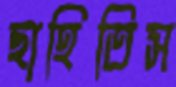
ছাহিতিস